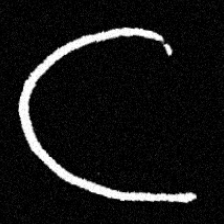
Pyu character \u2014 Myanmar letter: ဋ (romanized: tta)